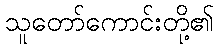
သူတော်ကောင်းတို့၏